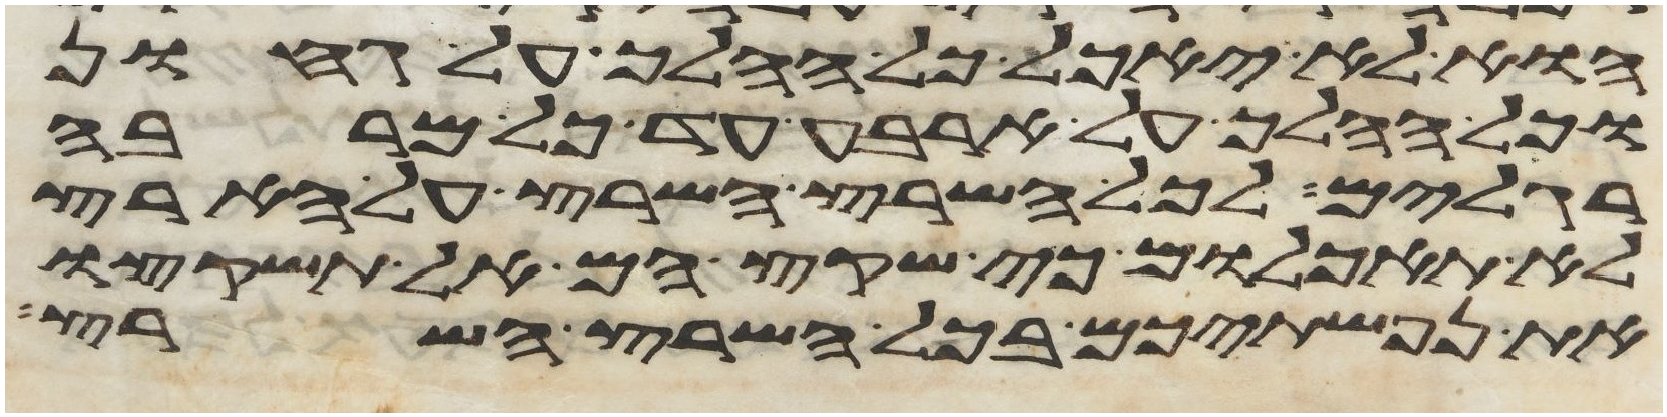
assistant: הוא לא יאכל כל ההלך על גחון
וכל ההלך על ארבע עד כל מרבה
רגלים לכל השרץ השרץ על הארץ
לא תאכלום כי שקץ הם אל תשקצו
את נפשתיכם בכל השרץ השרץ